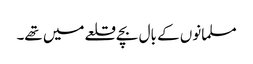
مسلمانوں کے بال بچے قلعے میں تھے۔